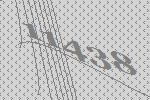
11438